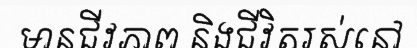
មានជីវភាព និងជីវិតរស់នៅ